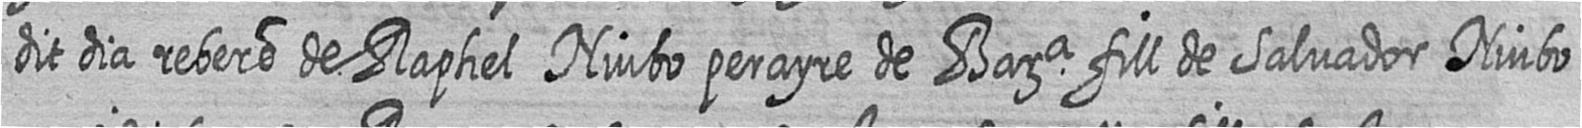
dit dia rebere de Raphel Niubo perayre de Bara fill de Salvador Niubo